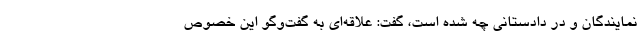
نمایندگان و در دادستانی چه شده است، گفت: علاقه‌ای به گفت‌وگو این خصوص